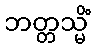
ဘတ္တသ္မိံ